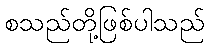
စသည်တို့ဖြစ်ပါသည်